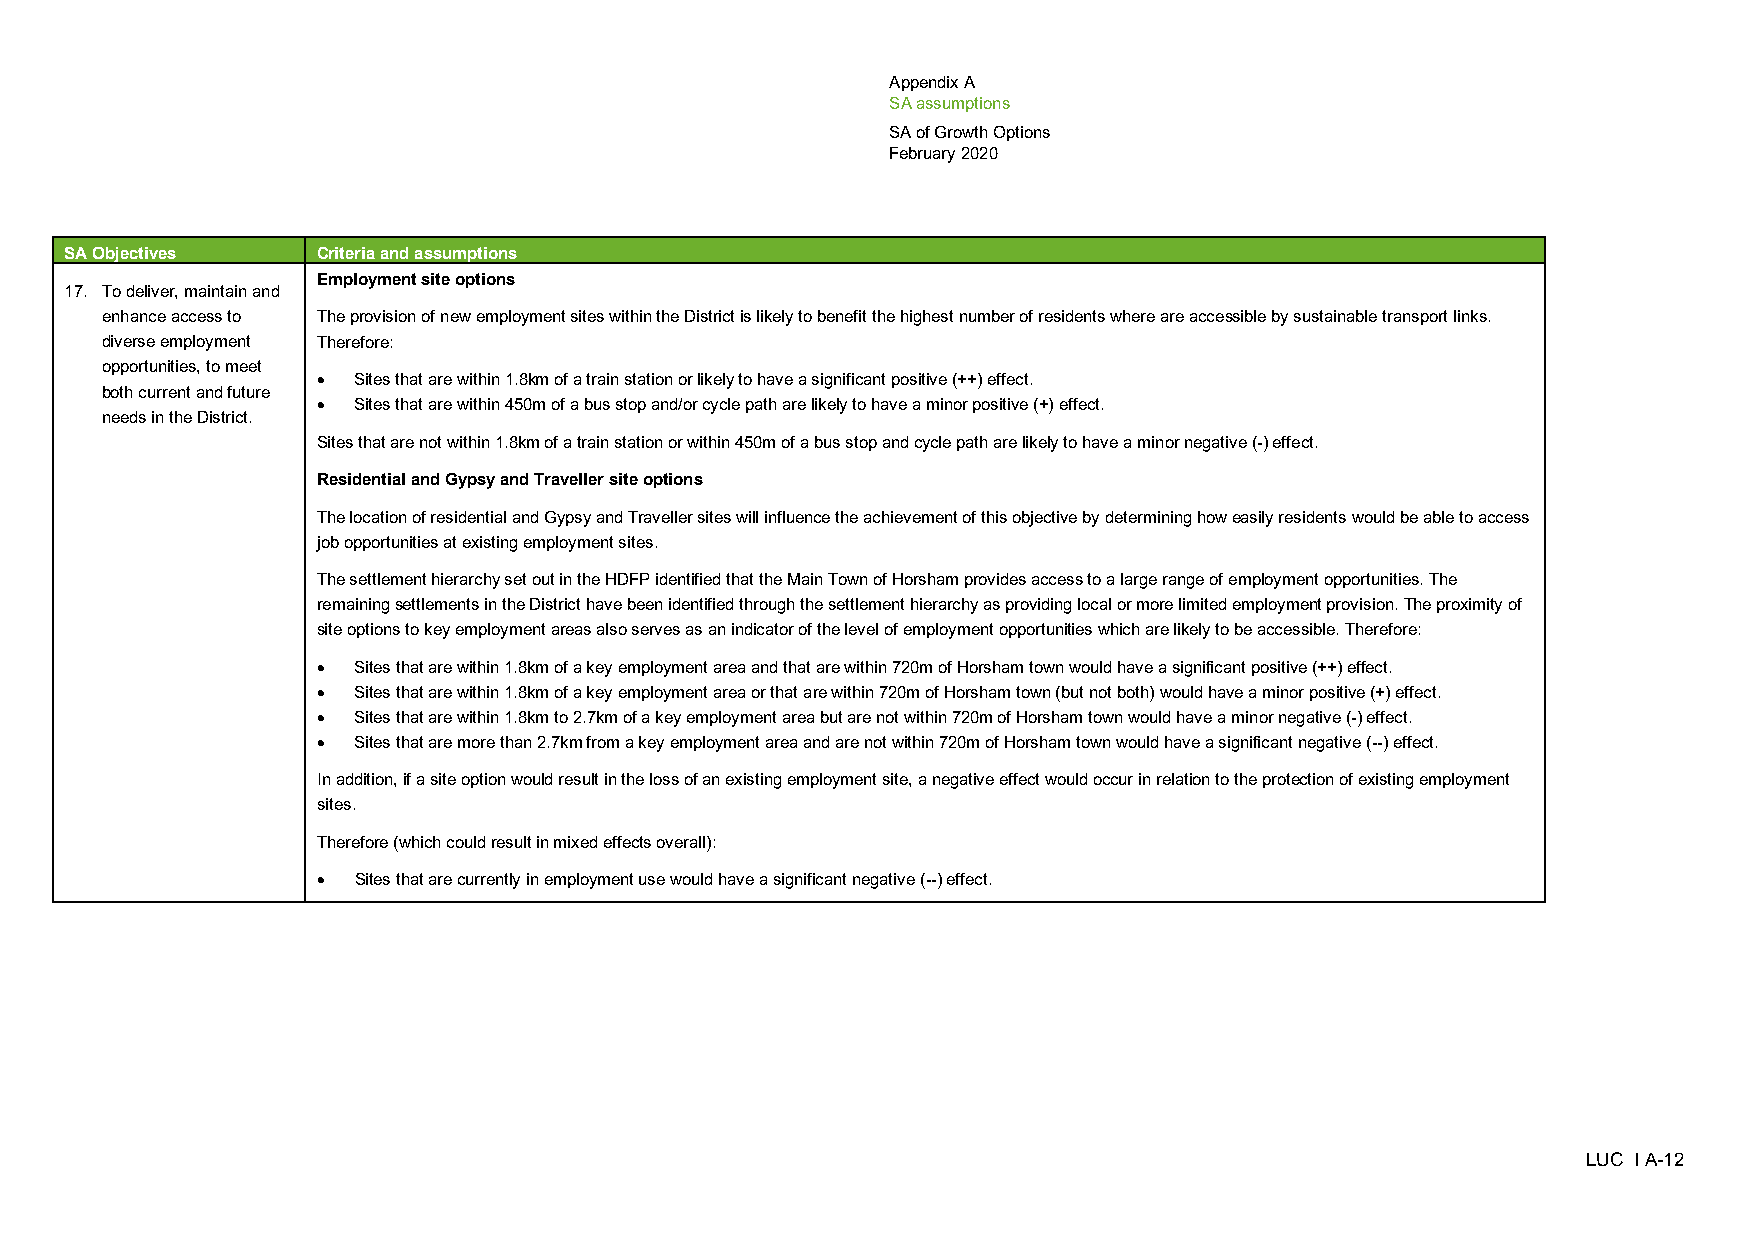
Appendix A
 SA assumptions
 SA of Growth Options
 February 2020
 SA Objectives    Criteria and assumptions
 Employment site options
 17. To deliver, maintain and
 enhance access to The provision of new employment sites within the District is likely to benefit the highest number of residents where are accessible by sustainable transport links.
 diverse employment Therefore:
 opportunities, to meet
 • Sites that are within 1.8km of a train station or likely to have a significant positive (++) effect.
 both current and future
 • Sites that are within 450m of a bus stop and/or cycle path are likely to have a minor positive (+) effect.
 needs in the District.
 Sites that are not within 1.8km of a train station or within 450m of a bus stop and cycle path are likely to have a minor negative (-) effect.
 Residential and Gypsy and Traveller site options
 The location of residential and Gypsy and Traveller sites will influence the achievement of this objective by determining how easily residents would be able to access
 job opportunities at existing employment sites.
 The settlement hierarchy set out in the HDFP identified that the Main Town of Horsham provides access to a large range of employment opportunities. The
 remaining settlements in the District have been identified through the settlement hierarchy as providing local or more limited employment provision. The proximity of
 site options to key employment areas also serves as an indicator of the level of employment opportunities which are likely to be accessible. Therefore:
 • Sites that are within 1.8km of a key employment area and that are within 720m of Horsham town would have a significant positive (++) effect.
 • Sites that are within 1.8km of a key employment area or that are within 720m of Horsham town (but not both) would have a minor positive (+) effect.
 • Sites that are within 1.8km to 2.7km of a key employment area but are not within 720m of Horsham town would have a minor negative (-) effect.
 • Sites that are more than 2.7km from a key employment area and are not within 720m of Horsham town would have a significant negative (--) effect.
 In addition, if a site option would result in the loss of an existing employment site, a negative effect would occur in relation to the protection of existing employment
 sites.
 Therefore (which could result in mixed effects overall):
 • Sites that are currently in employment use would have a significant negative (--) effect.
 LUC I A-12